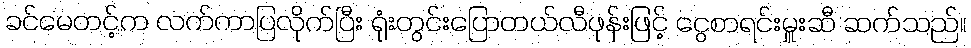
ခင်မေတင့်က လက်ကာပြလိုက်ပြီး ရုံးတွင်းပြောတယ်လီဖုန်းဖြင့် ငွေစာရင်းမှူးဆီ ဆက်သည်။